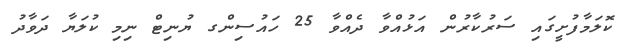
ކޮލަމާފުށީގައި ސަރުކާރުން އަޅުއްވާ ދެއްވާ 25 ހައުސިންގ ޔުނިޓް ނިމި ކުލަޔާ ދަވާދު